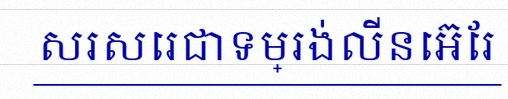
សរសេរជាទម្រង់លីនេអ៊ែរ